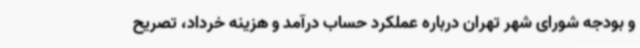
و بودجه شورای شهر تهران درباره عملکرد حساب درآمد و هزینه خرداد، تصریح